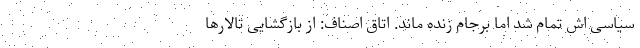
سیاسی اش تمام شد اما برجام زنده ماند. اتاق اصناف: از بازگشایی تالارها